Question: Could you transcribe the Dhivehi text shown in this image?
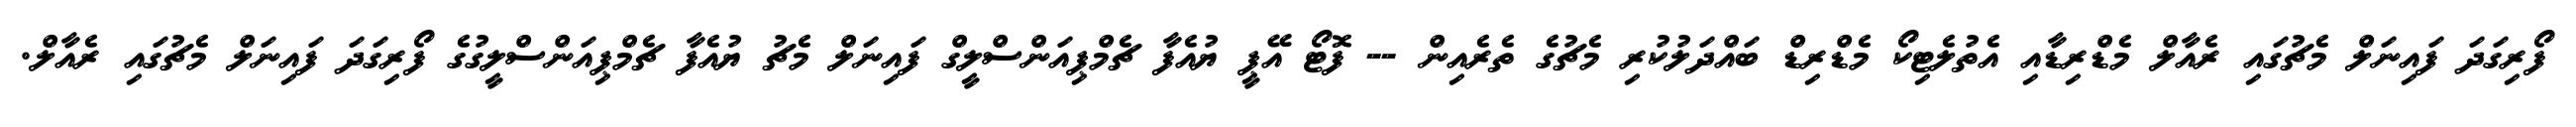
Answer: ފޯރިގަދަ ފައިނަލް މެޗުގައި ރެއާލް މެޑްރިޑާއި އެތުލެޓިކޯ މެޑްރިޑް ބައްދަލުކުރި މެޗުގެ ތެރެއިން -- ފޮޓޯ އޭޕީ ޔުއެފާ ޗެމްޕިއަންސްލީގް ފައިނަލް މެޗު ޔުއެފާ ޗެމްޕިއަންސްލީގުގެ ފޯރިގަދަ ފައިނަލް މެޗުގައި ރެއާލް.